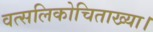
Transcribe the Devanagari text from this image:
वत्सलिकोचिताख्या।